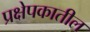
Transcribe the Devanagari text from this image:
प्रक्षेपकातील